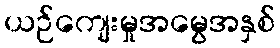
ယဉ်ကျေးမှုအမွေအနှစ်